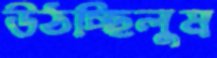
উঠচ্ছিলুম